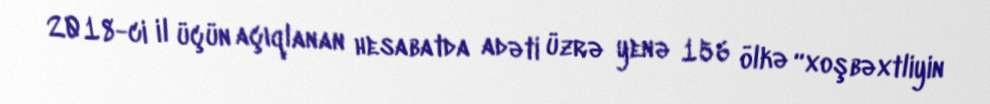
2018-ci il üçün açıqlanan hesabatda adəti üzrə yenə 156 ölkə “xoşbəxtliyin